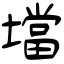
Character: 壋